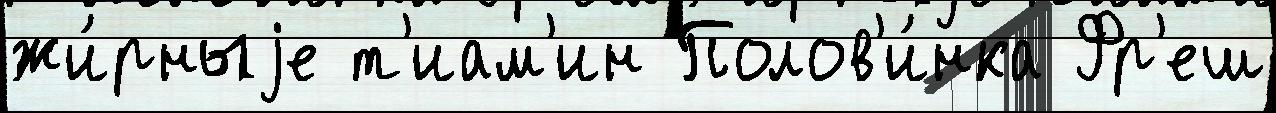
жи́рныjе т'иам'ин Полов'и́нка Фр'еш